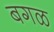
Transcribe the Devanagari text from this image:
बगळ